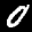
Label: 0